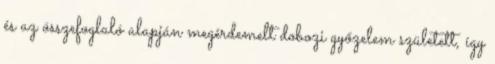
és az összefoglaló alapján megérdemelt dobozi győzelem született, így